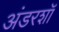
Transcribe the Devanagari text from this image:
अंडरशॉ